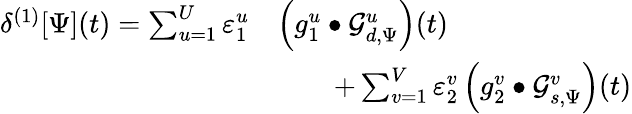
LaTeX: \begin{array}{rl}{\delta^{(1)}[\Psi](t)=\sum_{u=1}^{U}\varepsilon_{1}^{u}}&{\left(g_{1}^{u}\bullet\mathcal{G}_{d,\Psi}^{u}\right)(t)}\\ &{\qquad+\sum_{v=1}^{V}\varepsilon_{2}^{v}\left(g_{2}^{v}\bullet\mathcal{G}_{s,\Psi}^{v}\right)(t)}\end{array}